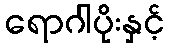
ရောဂါပိုးနှင့်